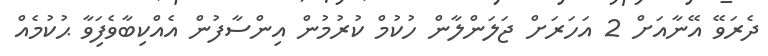
ދެރަވޭ އޭނާއަށް 2 އަހަރަށް ޖަލަންލާން ހުކުމް ކުރުމުން އިންސާފުން އެއްކިބާވެފަިވާ ޙުކުމެއް